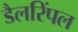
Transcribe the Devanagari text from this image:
डैलरिंपल